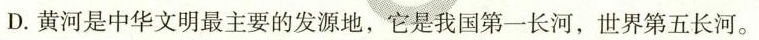
D.黄河是中华文明最主要的发源地，它是我国第一长河，世界第五长河。